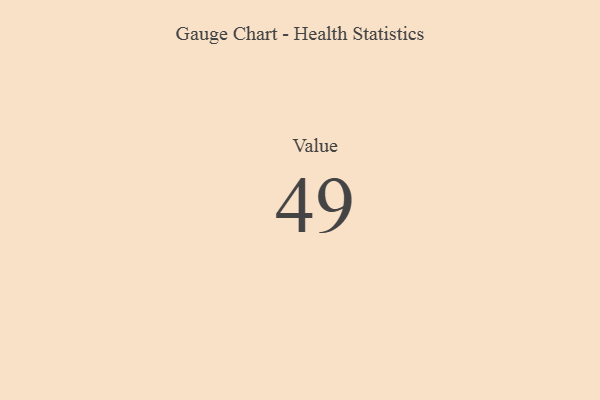
{"axis": {"x": "Metric", "y": "Value"}, "legend": [""], "data": [{"x": "Value", "y": 49, "type": ""}]}